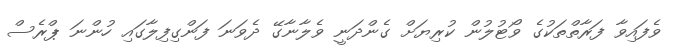
ވެފައިވާ ފަރާތްތަކުގެ ވޯޓުލުން ކުރިޔަށް ގެންދަނީ ވެލާނާގޭ ދެވަނަ ފަންގިފިލާގައި ހުންނަ ޕްރެސް